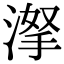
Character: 𣸏